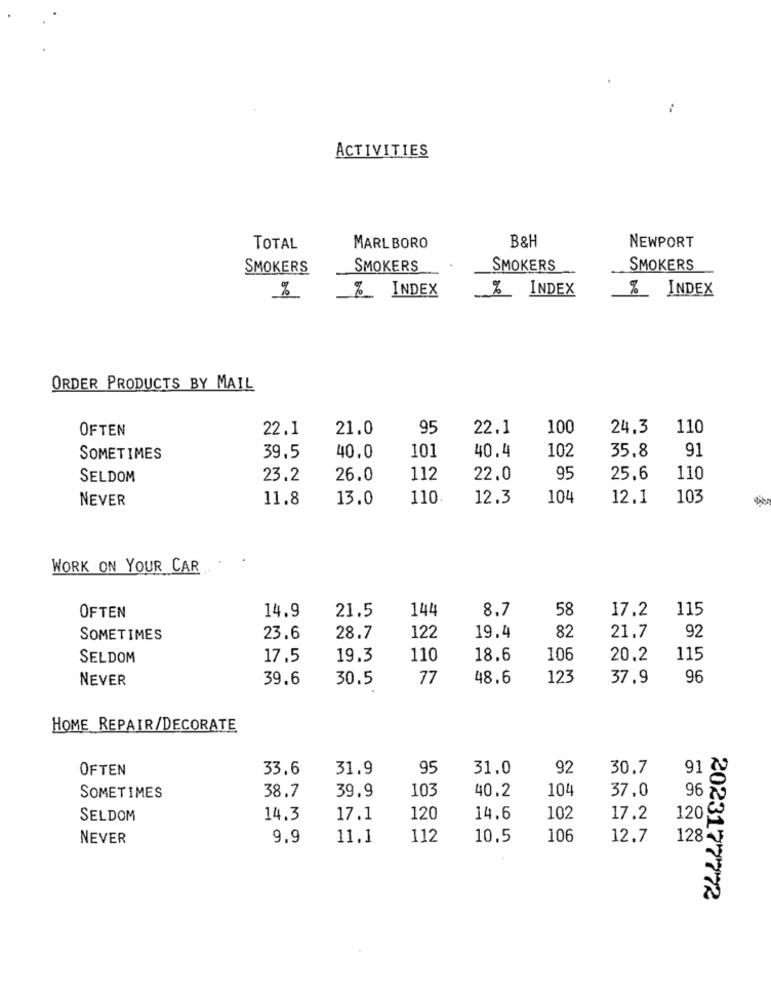
ACTIVITIES
TOTAL
MARLBORO
B&H
NEWPORT
SMOKERS
SMOKERS
SMOKERS
SMOKERS
% INDEX
%_ INDEX
%
%_ INDEX
ORDER PRODUCTS BY MAIL
OFTEN
22.1
21.0
95
22.1
100
24.3
110
101
40.4
35.8
91
SOMETIMES
39.5
40.0
102
SELDOM
23.2
26.0
112
22.0
95
25.6
110
NEVER
11.8
13.0
110.
12.3
104
12.1
103
WORK ON YOUR CAR
OFTEN
21.5
144
8.7
58
17.2
115
14.9
82
92
SOMETIMES
23.6
28.7
122
19.4
21.7
SELDOM
17.5
19.3
110
18.6
106
20,2
115
NEVER
39.6
30.5
77
48.6
123
37.9
96
HOME REPAIR/DECORATE
OFTEN
33.6
31.9
95
31.0
92
30.7
91
103
40.2
104
SOMETIMES
38.7
39.9
37,0
96
SELDOM
14.3
17.1
120
14.6
102
17.2
120
NEVER
9.9
11.1
112
10.5
106
12.7
128
2023177772